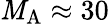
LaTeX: {\mathit{M}_{\mathrm{{A}}}}\approx30